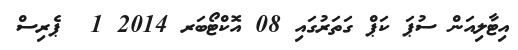
އިޓާލިއަން ސުޕަ ކަޕް ގަތަރުގައި 08 އޮކްޓޯބަރ 2014 1  ޕެރިސް